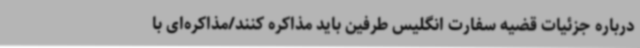
درباره جزئیات قضیه سفارت انگلیس طرفین باید مذاکره کنند/مذاکره‌ای با